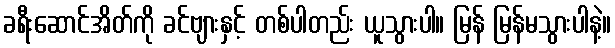
ခရီးဆောင်အိတ်ကို ခင်ဗျားနှင့် တစ်ပါတည်း ယူသွားပါ။ မြန် မြန်မသွားပါနဲ့။